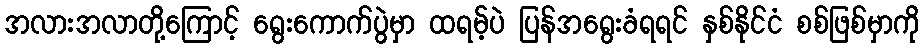
အလားအလာတို့ကြောင့် ရွေးကောက်ပွဲမှာ ထရမ့်ပဲ ပြန်အရွေးခံရရင် နှစ်နိုင်ငံ စစ်ဖြစ်မှာကို